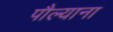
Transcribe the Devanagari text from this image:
पौल्याना